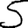
Digit: 5